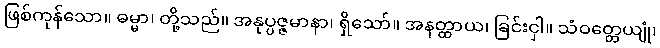
ဖြစ်ကုန်သော။ ဓမ္မာ၊ တို့သည်။ အနုပ္ပဇ္ဇမာနာ၊ ရှိသော်။ အနတ္ထာယ၊ ခြင်းငှါ။ သံဝတ္တေယျုံ၊